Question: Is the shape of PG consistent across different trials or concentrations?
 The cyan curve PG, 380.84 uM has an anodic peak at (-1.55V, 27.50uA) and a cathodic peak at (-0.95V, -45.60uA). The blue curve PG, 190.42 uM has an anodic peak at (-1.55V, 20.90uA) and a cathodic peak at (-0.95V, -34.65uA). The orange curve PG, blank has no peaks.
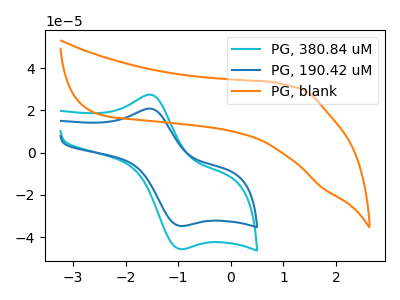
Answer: <think>All the peaks in "PG, 380.84 uM" have a peak in "PG, 190.42 uM" at the same potential. Every peak in "PG, 380.84 uM" is higher than every peak in "PG, 190.42 uM". "PG, 380.84 uM" and "PG, blank" have a different number of peaks. "PG, 190.42 uM" and "PG, blank" have a different number of peaks.
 </think>
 <answer>All the CV's of "PG" have similar shape.</answer>
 <eval>follow_rule</eval>